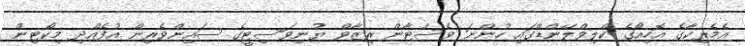
އެމެރިކާގެ އޮހިއޯގެ ކްލިވްލޭންޑްގައި ހުންނަ ވެސްޓާން ރިޒާވް ޔުނިވަސިޓީގެ ސައިންވެރިން އުފެއްދި މިކޯޓިން